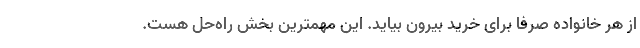
از هر خانواده صرفا برای خرید بیرون بیاید. این مهمترین بخش راه‌حل هست.